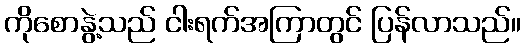
ကိုစောနွဲ့သည် ငါးရက်အကြာတွင် ပြန်လာသည်။